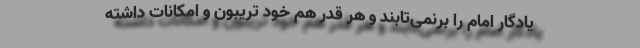
یادگار امام را برنمی‌تابند و هر قدر هم خود تریبون و امکانات داشته